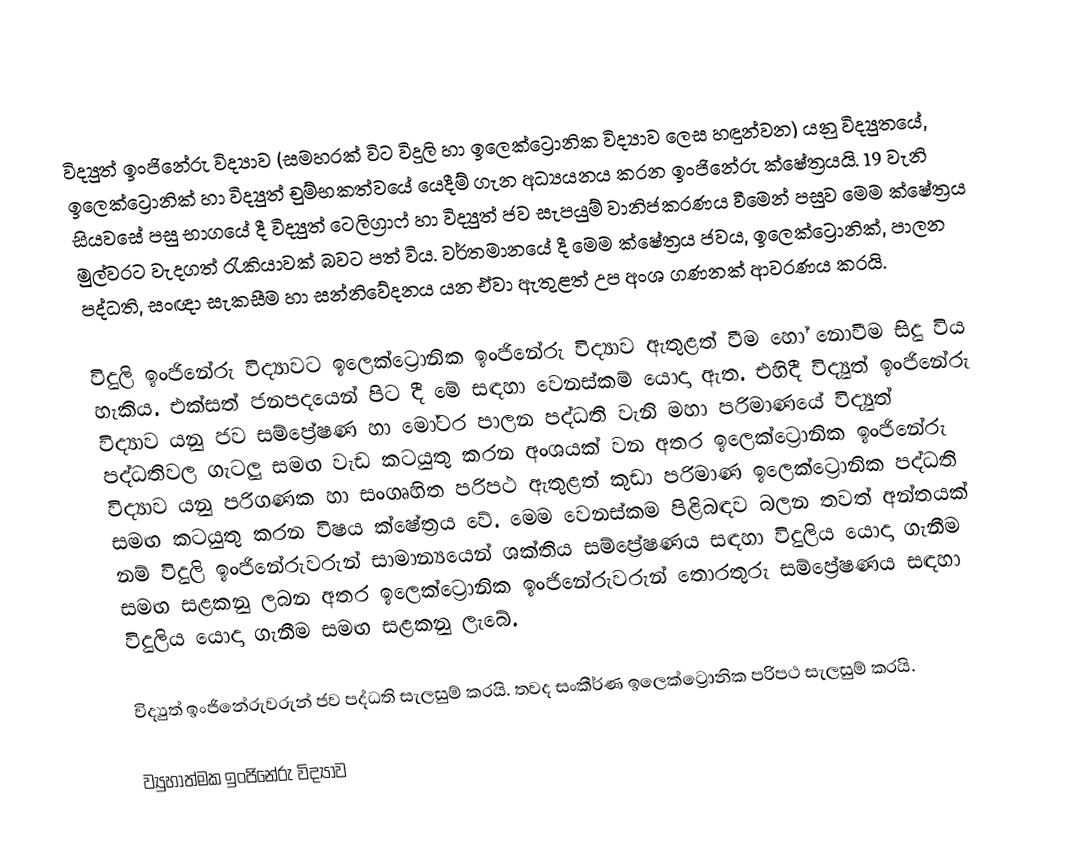
විද්‍යුත් ඉංජිනේරු විද්‍යාව (සමහරක් විට විදුලි හා ඉලෙක්ට්‍රොනික විද්‍යාව ලෙස හඳුන්වන) යනු විද්‍යුතයේ, ඉලෙක්ට්‍රොනික් හා විද්‍යුත් චුම්භකත්වයේ යෙදීම් ගැන අධ්‍යයනය කරන ඉංජිනේරු ක්ෂේත්‍රයයි. 19 වැනි සියවසේ පසු භාගයේ දී විද්‍යුත් ටෙලිග්‍රාෆ් හා විද්‍යුත් ජව සැපයුම් වානිජකරණය වීමෙන් පසුව මෙම ක්ෂේත්‍රය මුල්වරට වැදගත් රැකියාවක් බවට පත් විය. වර්තමානයේ දී මෙම ක්ෂේත්‍රය ජවය, ඉලෙක්ට්‍රොනික්, පාලන පද්ධති, සංඥා සැකසීම හා සන්නිවේදනය යන ඒවා ඇතුළත් උප අංශ ගණනක් ආවරණය කරයි.

විදුලි ඉංජිනේරු විද්‍යාවට ඉලෙක්ට්‍රොනික ඉංජිනේරු විද්‍යාව ඇතුළත් වීම හෝ නොවීම සිදු විය හැකිය. එක්සත් ජනපදයෙන් පිට දී මේ සඳහා වෙනස්කම් යොදා ඇත. එහිදී විද්‍යුත් ඉංජිනේරු විද්‍යාව යනු ජව සම්ප්‍රේෂණ හා මෝටර පාලන පද්ධති වැනි මහා පරිමාණයේ විද්‍යුත් පද්ධතිවල ගැටලු සමඟ වැඩ කටයුතු කරන අංශයක් වන අතර ඉලෙක්ට්‍රොනික ඉංජිනේරු විද්‍යාව යනු පරිගණක හා සංගෘහිත පරිපථ ඇතුළත් කුඩා පරිමාණ ඉලෙක්ට්‍රොනික පද්ධති සමඟ කටයුතු කරන විෂය ක්ෂේත්‍රය වේ. මෙම වෙනස්කම පිළිබඳව බලන තවත් අන්තයක් නම් විදුලි ඉංජිනේරුවරුන් සාමාන්‍යයෙන් ශක්තිය සම්ප්‍රේෂණය සඳහා විදුලිය යොදා ගැනීම සමඟ සළකනු ලබන අතර ඉලෙක්ට්‍රොනික ඉංජිනේරුවරුන් තොරතුරු සම්ප්‍රේෂණය සඳහා විදුලිය යොදා ගැනීම සමඟ සළකනු ලැබේ.

විද්‍යුත් ඉංජිනේරුවරුන් ජව පද්ධති සැලසුම් කරයි. තවද සංකීර්ණ ඉලෙක්ට්‍රොනික පරිපථ සැලසුම් කරයි.

ව්‍යුහාත්මක ඉංජිනේරු විද්‍යාව